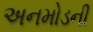
અનમોડની